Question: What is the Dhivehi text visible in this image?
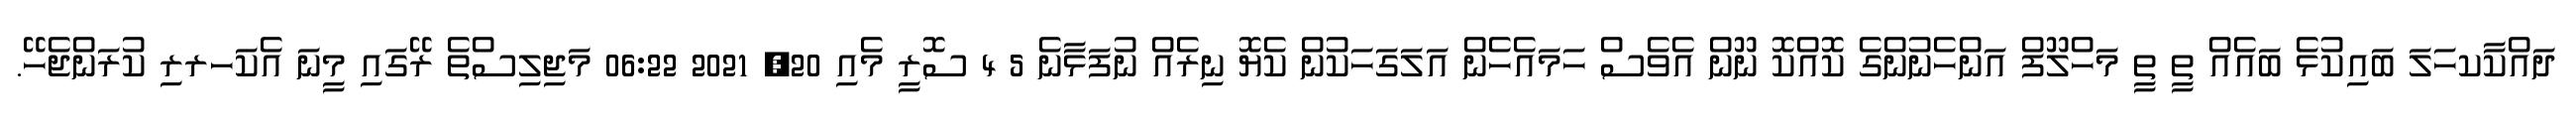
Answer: ދައްކާކހަލަ ބައިކުޅެ ބައެއް ތީ ތީ މަހްލޫފް އަންހެނުންގެ ކޮއްކޮ ނޫން އެވެސް ހަމައެހެން އަލަގަހަކުން ކެޔޮ ނިރެއް ނުފަޅާނެ 5 4 ސޮރީ މެއި 20, 2021 06:22 މަޖިލިސްތެ ރޭގައި މީނަ އެކަހރރި ކުރަންޖެހޭ.